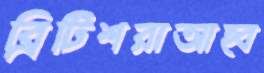
ব্রিটিশরাআহ্ব